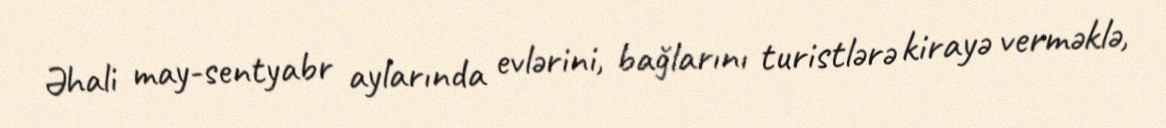
Əhali may-sentyabr aylarında evlərini, bağlarını turistlərə kirayə verməklə,